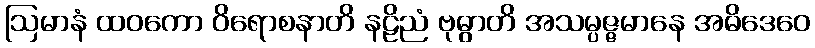
ဩမာနံ ထဝကော ဝိရောစနာတိ နဠိညံ ဗုဓွာတိ အသမ္ပဇ္ဇမာနေ အဓိဒေဝေ